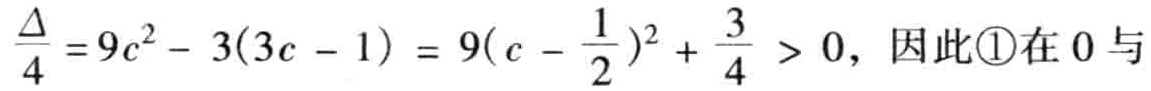
$\frac{\Delta}{4}=9c^{2}-3(3c - 1)=9(c - \frac{1}{2})^{2}+\frac{3}{4}>0$，因此\textcircled{1}在$0$与